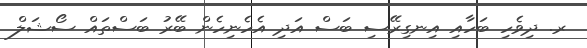
ރ. ދިވެހި ބަހާއި އިނގިރޭސި ބަސް އަދި އެހެނިހެން ބޭރު ބަސްތައް ސޯޝަލް